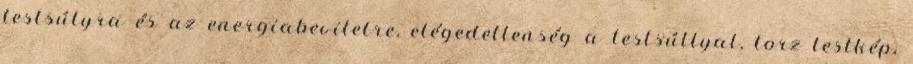
testsúlyra és az energiabevitelre, elégedetlenség a testsúllyal, torz testkép,